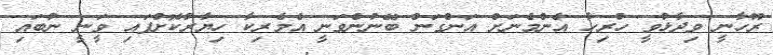
ރޫހާނީ ވިދާޅުވީ ހުރިހާ އެންމެނަށް އަންގަން ބޭނުންވަނީ އެމެރިކާ ހިޔާރުކޮށްފައި ވަީނީ ނުބައި